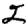
Digit: 2